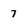
Character: 7